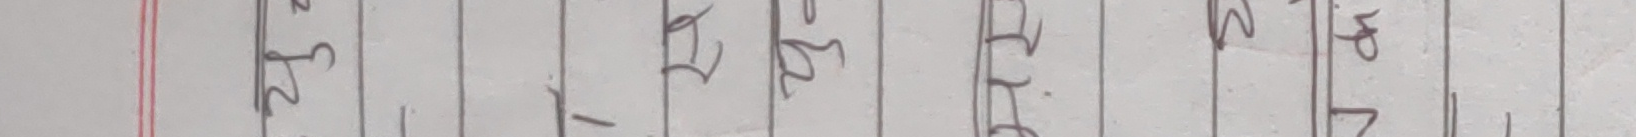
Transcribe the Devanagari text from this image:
२५|२|१|१|४|२५|३|१२|५|२|३|१|३|५|२|१|३|५|५|५